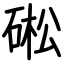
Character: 硹